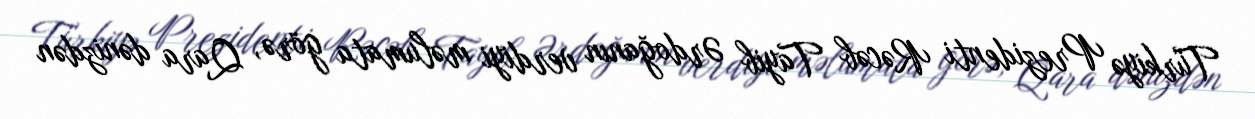
Türkiyə Prezidenti Rəcəb Tayib Ərdoğanın verdiyi məlumata görə, Qara dənizdən